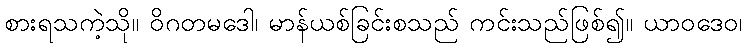
စားရသကဲ့သို။ ဝိဂတမဒေါ၊ မာန်ယစ်ခြင်းစသည် ကင်းသည်ဖြစ်၍။ ယာဝဒေဝ၊